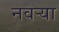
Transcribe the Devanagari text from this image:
नवर्‍या